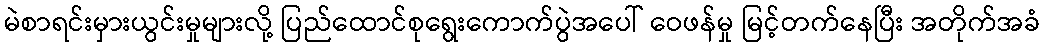
မဲစာရင်းမှားယွင်းမှုများလို့ ပြည်ထောင်စုရွေးကောက်ပွဲအပေါ် ဝေဖန်မှု မြင့်တက်နေပြီး အတိုက်အခံ